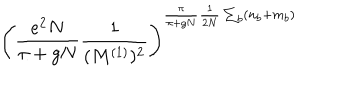
LaTeX: \left( \frac { e ^ { 2 } N } { \pi + g N } \frac { 1 } { ( M ^ { ( 1 ) } ) ^ { 2 } } \right) ^ { \frac { \pi } { \pi + g N } \frac { 1 } { 2 N } \sum _ { b } ( n _ { b } + m _ { b } ) }